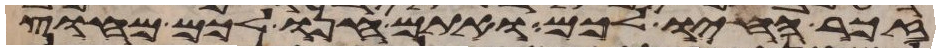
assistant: זכר חיו לכם ואתם חנו לכם מחוץ